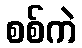
စစ်ကဲ